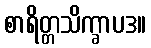
စာရိတ္တသိက္ခာပဒ။